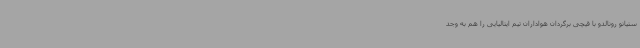
ستیانو رونالدو با قیچی برگردان هواداران تیم ایتالیایی را هم به وجد